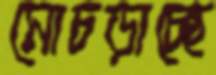
মোচড়াচ্ছে